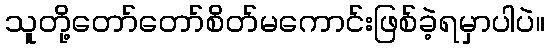
သူတို့တော်တော်စိတ်မကောင်းဖြစ်ခဲ့ရမှာပါပဲ။